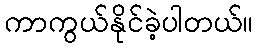
ကာကွယ်နိုင်ခဲ့ပါတယ်။